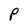
Character: P